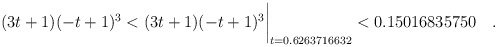
\begin{align*} (3t+1)(-t+1)^3 & < (3t+1)(-t+1)^3\biggr\rvert_{t=0.6263716632} < 0.15016835750 \quad . \end{align*}